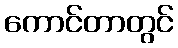
ကောင်တာတွင်